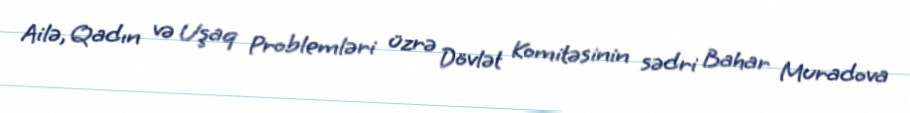
Ailə, Qadın və Uşaq Problemləri üzrə Dövlət Komitəsinin sədri Bahar Muradova